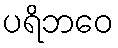
ပရိဘဝေ